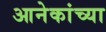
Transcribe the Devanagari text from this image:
आनेकांच्या